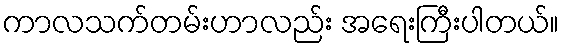
ကာလသက်တမ်းဟာလည်း အရေးကြီးပါတယ်။